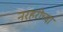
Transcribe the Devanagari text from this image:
नरहरीच्या